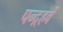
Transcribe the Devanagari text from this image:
पन्द़्हवें